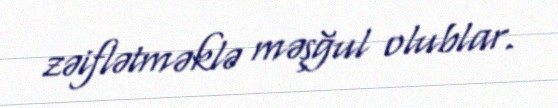
zəiflətməklə məşğul olublar.